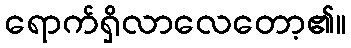
ရောက်ရှိလာလေတော့၏။